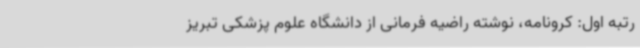
رتبه اول: کرونامه، نوشته راضیه فرمانی از دانشگاه علوم پزشکی تبریز